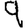
Digit: 9